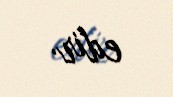
edir.